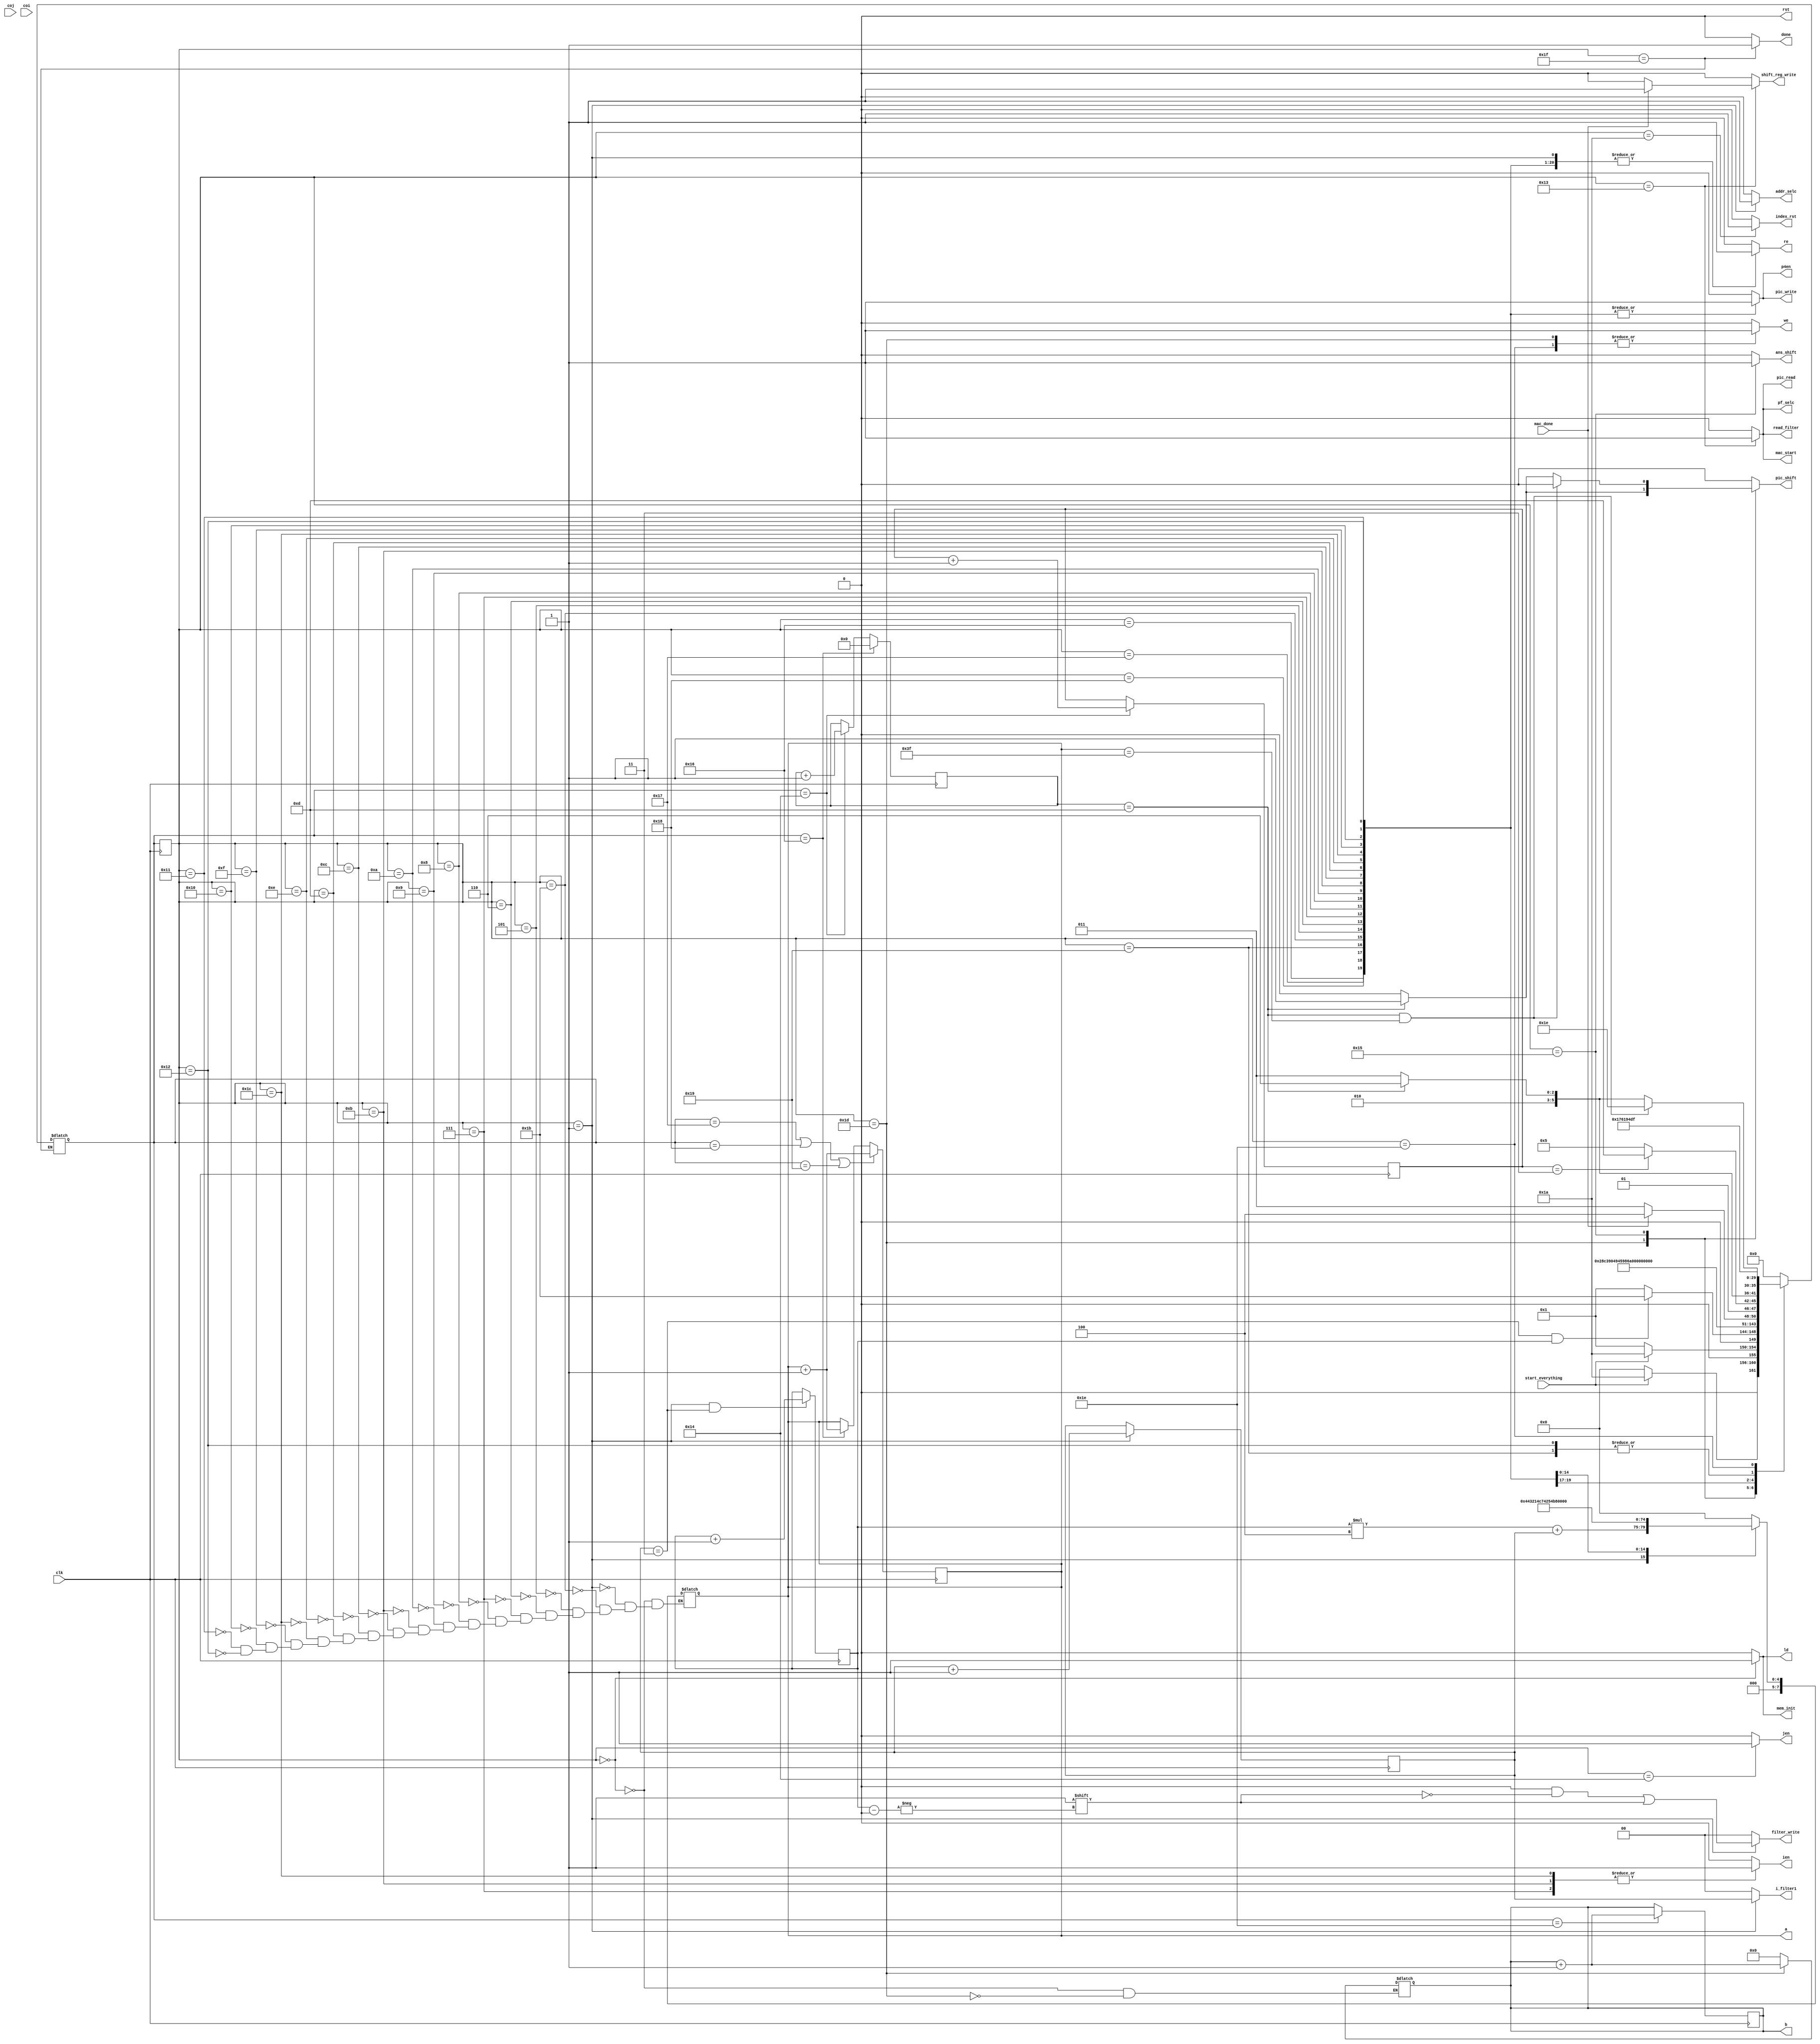

module control#(parameter NUMBER_OF_CONV=2)(input start_everything, clk , coj,coi,mac_done ,
               output reg ld,addr_selc,rst,we,re,mem_init,mac_start,index_rst ,ien ,jen ,
               pic_shift,ans_shift ,shift_reg_write,read_filter,pic_read , pic_write,
               output reg [NUMBER_OF_CONV - 1: 0 ]filter_write,
               output reg [7:0] a ,b,
               output reg [1:0] i_filter1 ,output reg p4en,pf_selc,output reg done);
parameter init =6'd0, idel = 6'd26,ldf1=6'd1, ldf2=6'd2, ldf3=6'd3, ldf4=6'd4, ldp1=6'd27, ldp2=6'd5, ldp3=6'd6, ldp4=6'd7, ldp5=6'd8, ldp6=6'd9, ldp7=6'd10,ldp8=6'd11,ldp9=6'd12,ldp10=6'd13,ldp11=6'd14,ldp12=6'd28,ldp13=6'd15,ldp14=6'd16,ldp15=6'd17,ldp16=6'd18,mac_Start=6'd19,mac_Done=6'd20,shift=6'd21,relode1=6'd22 , relode2=6'd23, relode3=6'd24,relode4=6'd25,write_memory=6'd29, last_write_memory=6'd30,DONE = 6'd31;
reg [1:0] shift_chek=2'd3 ;
reg[5:0] ps=init , ns;
reg [3:0] mac_num =0;
reg [1:0] load_filter_counter = 0 ;
reg [($clog2 (NUMBER_OF_CONV)-1):0] filter_counter ={($clog2 (NUMBER_OF_CONV)){1'b0}} ;
always @(*)
begin
// a=8'd0;
i_filter1 = 2'd0;
filter_write ={(NUMBER_OF_CONV){1'd0}}; 
{ld,addr_selc,rst,we,re,mem_init,mac_start,index_rst ,ien ,jen ,
pic_shift ,shift_reg_write,read_filter,pic_read , pic_write,p4en,pf_selc,ans_shift,done}=19'd0;
    case(ps)
        init:
        begin
          ns=(start_everything)?idel:init;
          mem_init = 1;
          ld=1;
          a = 8'd0;
          b=8'd0;

        end
        idel:
        begin
          index_rst = 1;
          ns=(~start_everything)?ldf1:idel;
        end
        ldf1:
        begin
          ns = (load_filter_counter == 3 && filter_counter == NUMBER_OF_CONV -1)? ldp1 :ldf1;
          addr_selc = 1;
          filter_write [filter_counter]= 1'b1;
          re=1; 
          i_filter1 = load_filter_counter;
          a=(filter_counter * 4) + load_filter_counter;
        end
        // ldf2:
        // begin
        //   ns= ldf3;
        //   addr_selc = 1;
        //   filter_write = 1;
        //   re=1;
        //   i_filter1 = 2'd1;
        //   a=8'd1;
        // end
        // ldf3:
        // begin
        //   ns=ldf4;
        //   addr_selc = 1;
        //   filter_write = 1;
        //   re=1;
        //   i_filter1 = 2'd2;
        //   a=8'd2;          
        // end
        // ldf4:
        // begin
        //   ns=ldp1;
        //   addr_selc = 1;
        //   filter_write = 1;
        //   re=1;
        //   i_filter1 = 2'd3;
        //   a=8'd3;
        // end
        ldp1:
        begin
          addr_selc = 0;
          re = 1;
          pic_write =1;
          a = 8'd0;
          p4en = 1;
          ns = ldp2;
        end
        ldp2:
        begin
          addr_selc = 0;
          re = 1;
          pic_write =1;
          a = 8'd1;
          p4en = 1;
          ns=ldp3;
        end
        ldp3:
        begin
          ns=ldp4;
          addr_selc = 0;
          re = 1;
          pic_write =1;
          a = 8'd2;
          p4en = 1;
          
        end
        ldp4:
        begin
          addr_selc = 0;
          re = 1;
          pic_write =1;
          a = 8'd3;
          ien = 1;
          p4en = 1;
          ns=ldp5;
        end
        ldp5:
        begin
          addr_selc = 0;
          re = 1;
          pic_write =1;
          a = 8'd4;
          p4en = 1;

          ns=ldp6;
        end
        ldp6:
        begin
            addr_selc = 0;
          re = 1;
          pic_write =1;
          a = 8'd5;
          p4en = 1;
          ns=ldp7;
        end
        ldp7:
        begin
            addr_selc = 0;
          re = 1;
          pic_write =1;
          a = 8'd6;
          p4en = 1;
          ns=ldp8;
        end
        ldp8:
        begin
          addr_selc = 0;
          re = 1;
          pic_write =1;
          ien = 1;
          a = 8'd7;
          p4en = 1;
          ns = ldp9;
        end
        ldp9:
        begin
          addr_selc = 0;
          re = 1;
          pic_write =1;
          a = 8'd8;
          p4en = 1;
          ns=ldp10;
        end
        ldp10:
        begin
        addr_selc = 0;
          re = 1;
          pic_write =1;
          a = 8'd9;
          p4en = 1;
          ns=ldp11;
        end
        ldp11:
        begin
        addr_selc = 0;
          re = 1;
          pic_write =1;
          a = 8'd10;
          p4en = 1;
          ns=ldp12;
        end
        ldp12:
        begin
          ien = 1;

        addr_selc = 0;
          re = 1;
          pic_write =1;
          a = 8'd11;
          p4en = 1;
          ns=ldp13;
        end
        ldp13:
        begin
        addr_selc = 0;
          re = 1;
          pic_write =1;
          a = 8'd12;
          p4en = 1;
          ns=ldp14;
        end
        ldp14:
        begin
        addr_selc = 0;
          re = 1;
          pic_write =1;
          a = 8'd13;
          p4en = 1;
          ns=ldp15;
        end
        ldp15:
        begin
        addr_selc = 0;
          re = 1;
          pic_write =1;
          a = 8'd14;
          p4en = 1;
          ns=ldp16;
        end
        ldp16:
        begin
        addr_selc = 0;
          re = 1;
          pic_write =1;
          a = 8'd15;
          p4en = 1;
          ns=mac_Start;
        end
        mac_Start:
        begin
          pf_selc = 1;
          pic_read =1;
          read_filter = 1;
          ns = (mac_done)?mac_Done:mac_Start;
          mac_start =1;
          if(mac_done)
          shift_reg_write = 1;
        end
        mac_Done:
        begin
          jen = 1;
          
          if (shift_chek == 2'd3)
          begin
            
            ns = write_memory;
          end
          else
            ns = shift; 
          
        end
        write_memory: 
        begin
          we=1;
          b = b+1;
          if (mac_num == 4'd13)
          begin
            pic_shift =1; 
            ns = relode1;
          end
          else
            ns = mac_Start;
        end
        shift:
        begin
          ans_shift =1 ; 
          if (mac_num == 4'd13 && a==63)
          begin 
            ns = last_write_memory ;
          end 
          else
          if (mac_num == 4'd13)
          begin
            pic_shift =1; 
            ns = relode1;
          end

          else
          ns = mac_Start;
        end
        relode1:
        begin
          p4en =1 ; 
          pic_write = 1;
          re= 1;
          ns = relode2;
        end
        relode2:
        begin
          p4en =1 ; 
          pic_write = 1;
          re= 1;
          ns = relode3;
        end
        relode3:
        begin
          p4en =1 ; 
          pic_write = 1;
          re= 1;
          ns = relode4;
        end
        relode4:
        begin
          p4en =1 ; 
          pic_write = 1;
          re= 1;
          ns = mac_Start;
        end
        last_write_memory:
        begin
        we =1 ;
        ns = DONE;
        end
        DONE:
        begin
        done = 1 ;
        end
        default : begin
          ns = init;
        end
    endcase
end




always @(posedge clk )
  begin
    if (ns == mac_Done)begin
      shift_chek <= shift_chek +2'd1;
      mac_num<=mac_num+4'd1;
    end
    if (ns == relode1)
    begin
      a<= a+1;
      mac_num<=0;
    end
    if(ns == relode2 || ns == relode3 || ns == relode4)
    begin
      a<=a+1; 
    end
    if (ns == last_write_memory)
      b<=b+1; 
    if (ps == ldf1)
      begin
        load_filter_counter <= load_filter_counter+1 ; 
      end
    if (ps == ldf1  && load_filter_counter == 3 )
    begin
      filter_counter<=filter_counter+1;
    end
    
    ps<=ns;
    end
endmodule